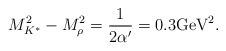
\begin{align*}M^2_{K^*} - M_\rho^2 = \frac{1}{2\alpha '} = 0.3 \mbox{GeV}^2.\end{align*}